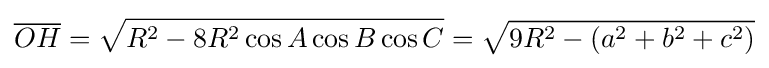
{\overline {OH}}={\sqrt {R^{2}-8R^{2}\cos A\cos B\cos C}}={\sqrt {9R^{2}-(a^{2}+b^{2}+c^{2})}}